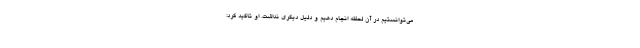
می‌توانستیم در آن لحظه انجام دهیم و دلیل دیگری نداشت. او تاکید کرد:‌